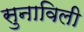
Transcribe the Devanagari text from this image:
सुनाविली